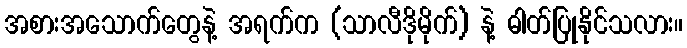
အစားအသောက်တွေနဲ့ အရက်က (သာလီဒိုမိုက်) နဲ့ ဓါတ်ပြုနိုင်သလား။